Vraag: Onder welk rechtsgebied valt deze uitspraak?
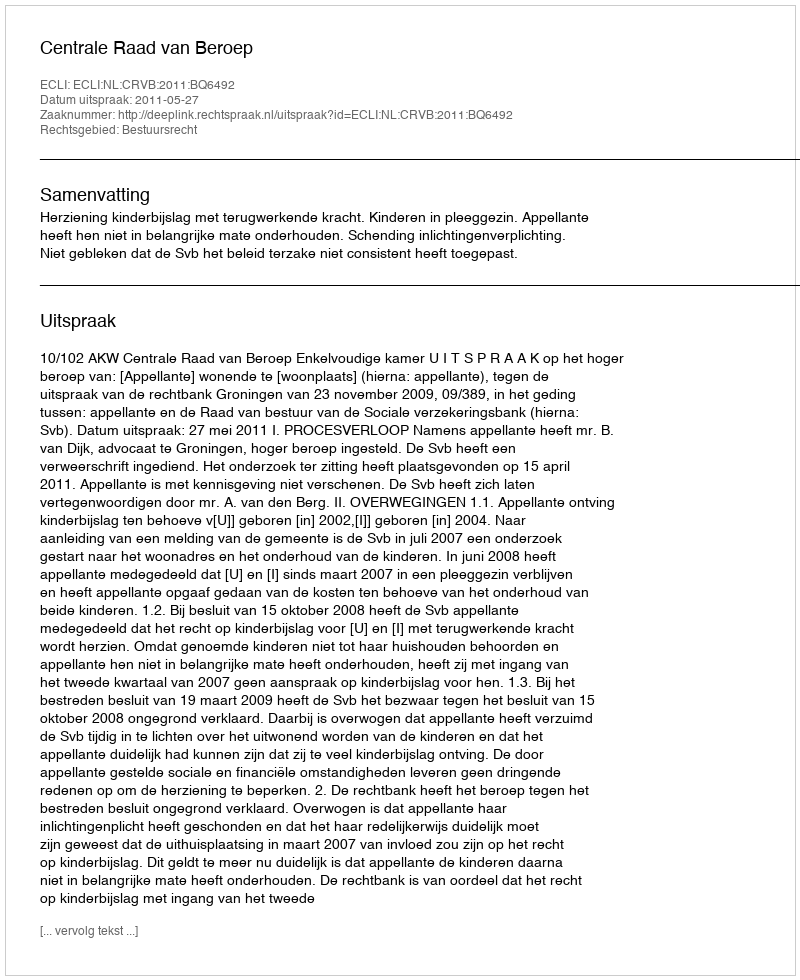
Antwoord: Bestuursrecht